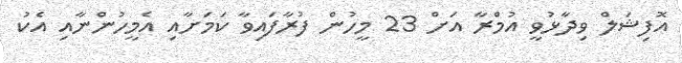
އޮފިޝަލް ވިދާޅުވީ އުމްރާ އަށް 23 މީހުން ފުރާފައިވާ ކަމަށާއި އެމީހުންނާއި އެކު